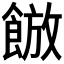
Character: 𮩀